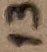
Text: 13